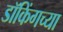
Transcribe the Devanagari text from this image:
डॉकिंगच्या